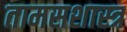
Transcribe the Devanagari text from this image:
तामसशास्त्र